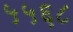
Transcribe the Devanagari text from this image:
५५६८